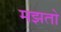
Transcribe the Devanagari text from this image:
मझतो